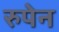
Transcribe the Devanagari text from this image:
रुपेन